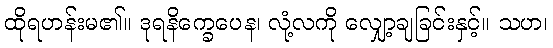
ထိုရဟန်းမ၏။ ဒုရနိက္ခေပေန၊ လုံ့လကို လျှော့ချခြင်းနှင့်။ သဟ၊